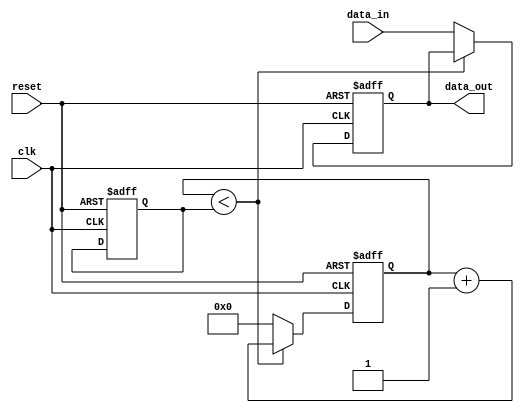
module latch_delay (
    input wire clk,
    input wire reset,
    input wire data_in,
    output reg data_out
);

reg [3:0] delay;
reg [3:0] delay_count;

always @(posedge clk or posedge reset) begin
    if (reset) begin
        delay <= 4'b0000;
        delay_count <= 4'b0000;
        data_out <= 1'b0;
    end else begin
        if (delay_count < delay) begin
            delay_count <= delay_count + 1;
        end else begin
            delay_count <= 4'b0000;
            data_out <= data_in;
        end
    end
end

endmodule